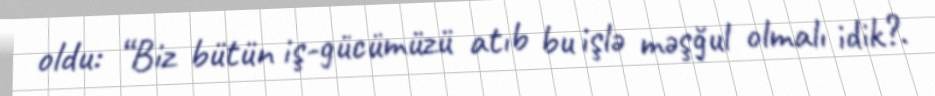
oldu: “Biz bütün iş-gücümüzü atıb bu işlə məşğul olmalı idik?.